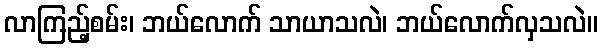
လာကြည့်စမ်း၊ ဘယ်လောက် သာယာသလဲ၊ ဘယ်လောက်လှသလဲ။